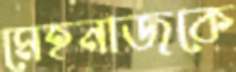
মেহনাজকে